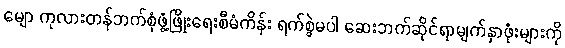
မျော ကုလားတန်ဘက်စုံဖွံ့ဖြိုးရေးစီမံကိန်း ရက်စွဲမပါ ဆေးဘက်ဆိုင်ရာမျက်နှာဖုံးများကို